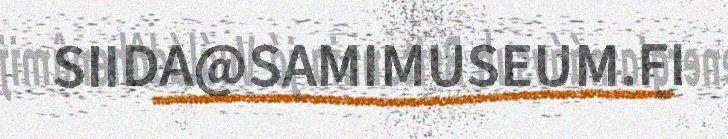
SIIDA@SAMIMUSEUM.FI